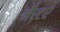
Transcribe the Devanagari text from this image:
मैस्टर